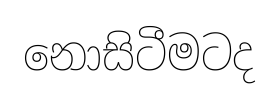
නොසිටීමටද